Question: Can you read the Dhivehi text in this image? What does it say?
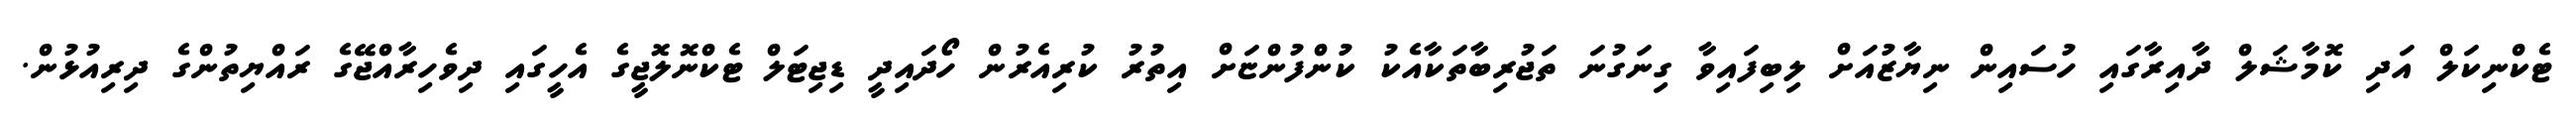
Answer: ޓެކްނިކަލް އަދި ކޮމާޝަލް ދާއިރާގައި ހުސައިން ނިޔާޒުއަށް ލިބިފައިވާ ގިނަގުނަ ތަޖުރިބާތަކާއެކު ކުންފުންޏަށް އިތުރު ކުރިއެރުން ހޯދައިދީ ޑިޖިޓަލް ޓެކްނޮލޮޖީގެ އެހީގައި ދިވެހިރާއްޖޭގެ ރައްޔިތުންގެ ދިރިއުޅުން.